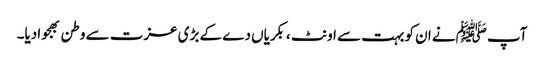
آپ ﷺنے ان کو بہت سے اونٹ ،بکریاں دے کے بڑی عزت سے وطن بھجوادیا۔